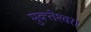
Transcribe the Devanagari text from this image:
मुक्‍तेश्‍वरा